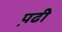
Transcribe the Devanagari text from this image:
प़ढी